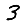
Digit: 3